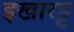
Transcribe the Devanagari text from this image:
इखारड्ट